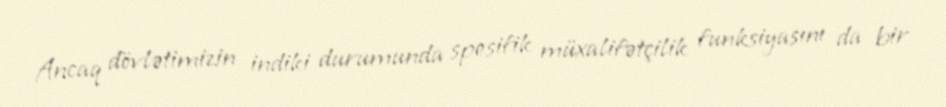
Ancaq dövlətimizin indiki durumunda spesifik müxalifətçilik funksiyasını da bir